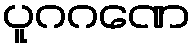
ပူဂဂဏေ